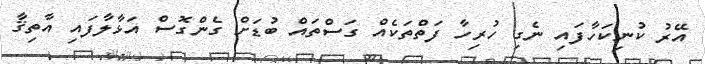
އޭރު ކުނިކަހާފައި ނެގި ހުރިހާ ފަތްތަކެއް ގަސްތައް ބުޑަށް ގެންގޮސް އަޅާލާފައި އާތިޤާ